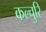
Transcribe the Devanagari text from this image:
कल्चुरि